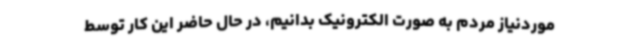
موردنیاز مردم به صورت الکترونیک بدانیم، در حال حاضر این کار توسط